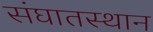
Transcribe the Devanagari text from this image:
संघातस्थान